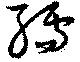
孺